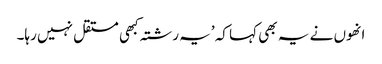
انھوں نے یہ بھی کہا کہ ’یہ رشتہ کبھی مستقل نہیں رہا۔